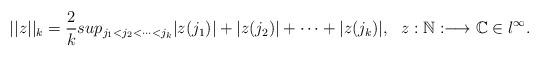
LaTeX: \begin{align*}|| z||_k=\dfrac{2}{k} sup_{j_1<j_2<\dots <j_k}|z(j_1)|+ |z(j_2)|+\dots +|z(j_k)|,\ \ z: \Bbb N:\longrightarrow \Bbb C \in l^{\infty}. \end{align*}